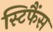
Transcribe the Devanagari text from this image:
स्टिफैंस